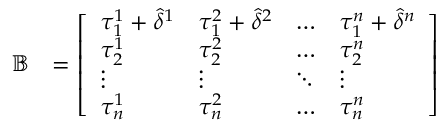
\begin{array} { r l } { \mathbb { B } } & { = \left[ \begin{array} { l l l l } { \tau _ { 1 } ^ { 1 } + \hat { \delta } ^ { 1 } } & { \tau _ { 1 } ^ { 2 } + \hat { \delta } ^ { 2 } } & { \dots } & { \tau _ { 1 } ^ { n } + \hat { \delta } ^ { n } } \\ { \tau _ { 2 } ^ { 1 } } & { \tau _ { 2 } ^ { 2 } } & { \dots } & { \tau _ { 2 } ^ { n } } \\ { \vdots } & { \vdots } & { \ddots } & { \vdots } \\ { \tau _ { n } ^ { 1 } } & { \tau _ { n } ^ { 2 } } & { \dots } & { \tau _ { n } ^ { n } } \end{array} \right] } \end{array}